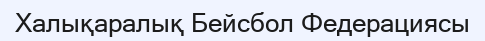
Халықаралық Бейсбол Федерациясы